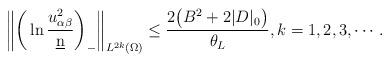
LaTeX: \begin{align*}\bigg\|\bigg(\ln\frac{u_{\alpha\beta}^2}{\underbar{n}}\bigg)_-\bigg\|_{L^{2k}(\Omega)}\leq\frac{2\big(B^2+2|D|_0\big)}{\theta_L},k=1,2,3,\cdots.\end{align*}